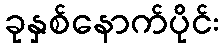
ခုနှစ်နောက်ပိုင်း